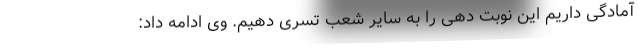
آمادگی داریم این نوبت دهی را به سایر شعب تسری دهیم. وی ادامه داد: